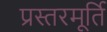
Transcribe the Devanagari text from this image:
प्रस्तरमूर्ति